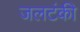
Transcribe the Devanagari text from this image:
जलटंकी